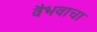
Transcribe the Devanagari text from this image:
वैभवाचा